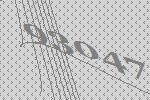
93047